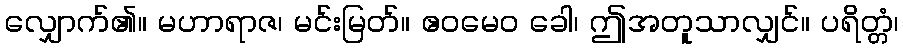
လျှောက်၏။ မဟာရာဇ၊ မင်းမြတ်။ ဧဝမေဝ ခေါ၊ ဤအတူသာလျှင်။ ပရိတ္တံ၊